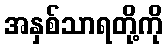
အနှစ်သာရတို့ကို